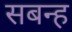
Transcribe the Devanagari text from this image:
सबन्ह